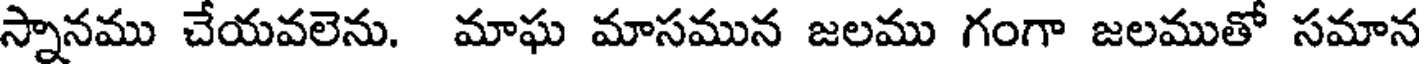
స్నానము చేయవలెను. మాఘ మాసమున జలము గంగా జలముతో సమాన